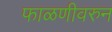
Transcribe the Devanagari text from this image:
फाळणीवरुन